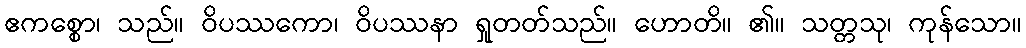
ဧကစ္စော၊ သည်။ ဝိပဿကော၊ ဝိပဿနာ ရှုတတ်သည်။ ဟောတိ။ ၏။ သတ္တသု၊ ကုန်သော။